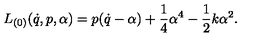
L _ { ( 0 ) } ( \dot { q } , p , \alpha ) = p ( \dot { q } - \alpha ) + \frac 1 4 \alpha ^ { 4 } - \frac 1 2 k \alpha ^ { 2 } .